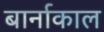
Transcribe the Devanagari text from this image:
बार्नाकाल